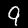
Label: 9